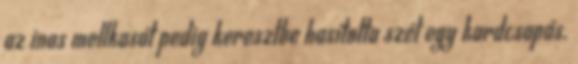
az inas mellkasát pedig keresztbe hasította szét egy kardcsapás.